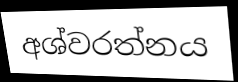
අශ්වරත්නය